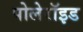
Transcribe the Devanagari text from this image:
पोलेरॉइड